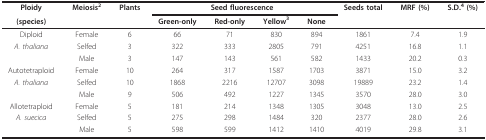
<table><thead><tr><td><b>Ploidy</b></td><td><b>Meiosis<sup>2</sup></b></td><td><b>Plants</b></td><td colspan="4"><b>Seed fluorescence</b></td><td><b>Seeds total</b></td><td><b>MRF (%)</b></td><td><b>S.D.<sup>4 </sup>(%)</b></td></tr><tr><td><b>(species)</b></td><td></td><td></td><td><b>Green-only</b></td><td><b>Red-only</b></td><td><b>Yellow<sup>3</sup></b></td><td><b>None</b></td><td></td><td></td><td></td></tr></thead><tbody><tr><td>Diploid</td><td>Female</td><td>6</td><td>66</td><td>71</td><td>830</td><td>894</td><td>1861</td><td>7.4</td><td>1.9</td></tr><tr><td><i>A. thaliana</i></td><td>Selfed</td><td>3</td><td>322</td><td>333</td><td>2805</td><td>791</td><td>4251</td><td>16.8</td><td>1.1</td></tr><tr><td></td><td>Male</td><td>3</td><td>147</td><td>143</td><td>561</td><td>582</td><td>1433</td><td>20.2</td><td>0.3</td></tr><tr><td>Autotetraploid</td><td>Female</td><td>10</td><td>264</td><td>317</td><td>1587</td><td>1703</td><td>3871</td><td>15.0</td><td>3.2</td></tr><tr><td><i>A. thaliana</i></td><td>Selfed</td><td>10</td><td>1868</td><td>2216</td><td>12707</td><td>3098</td><td>19889</td><td>23.2</td><td>1.4</td></tr><tr><td></td><td>Male</td><td>9</td><td>506</td><td>492</td><td>1227</td><td>1345</td><td>3570</td><td>28.0</td><td>3.0</td></tr><tr><td>Allotetraploid</td><td>Female</td><td>5</td><td>181</td><td>214</td><td>1348</td><td>1305</td><td>3048</td><td>13.0</td><td>2.5</td></tr><tr><td><i>A. suecica</i></td><td>Selfed</td><td>5</td><td>275</td><td>298</td><td>1484</td><td>320</td><td>2377</td><td>28.0</td><td>2.6</td></tr><tr><td></td><td>Male</td><td>5</td><td>598</td><td>599</td><td>1412</td><td>1410</td><td>4019</td><td>29.8</td><td>3.1</td></tr></tbody></table>